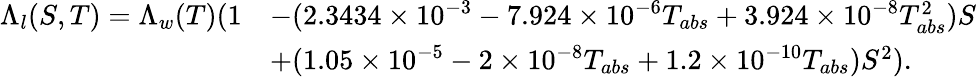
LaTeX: \begin{array}{rl}{\Lambda_{l}(S,T)=\Lambda_{w}(T)(1}&{-(2.3434\times 10^{-3}-7.924\times 10^{-6}T_{abs}+3.924\times 10^{-8}T_{abs}^{2})S}\\ &{+(1.05\times 10^{-5}-2\times 10^{-8}T_{abs}+1.2\times 10^{-10}T_{abs})S^{2}).}\end{array}